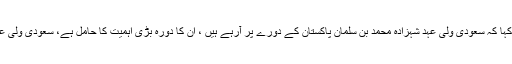
انہوں نے نجی ٹی وی کے پروگرام میں گفتگو کرتے ہوئے کہا کہ سعودی ولی عہد شہزادہ محمد بن سلمان پاکستان کے دورے پر آرہے ہیں ، ان کا دورہ بڑی اہمیت کا حامل ہے، سعودی ولی عہد پاکستان کا ہی نہیں بلکہ پانچ ممالک کا دورہ کررہے ہیں۔